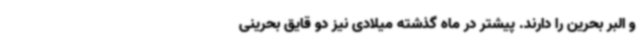
و البر بحرین را دارند. پیشتر در ماه گذشته میلادی نیز دو قایق بحرینی